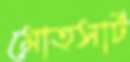
মোত্সার্ট